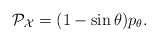
\begin{align*}{\cal P}_{\cal X} = (1 - \sin \theta) p_\theta.\end{align*}